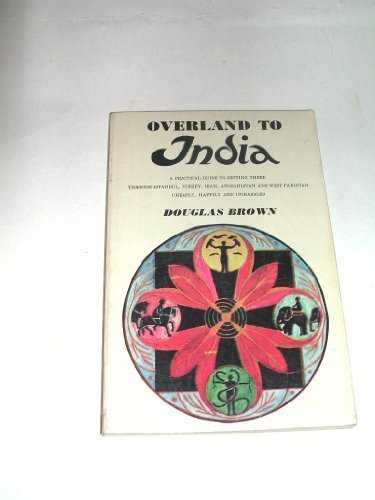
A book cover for Overland to India: A Practical Guide to Getting There Through Istanbul, Turkey, Iran, Afghanistan and West Pakistan Cheaply Happily and Unhassled; Calvin S. Brown; Travel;